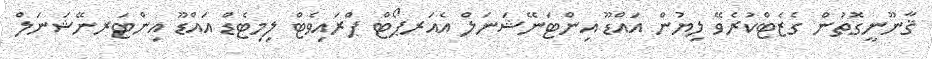
ޤާނޫނީގޮތުން ގެޒެޓްކުރެވޭ ލިޔުން އައްޑޫ އިންޓަނޭޝަނަލް އެއަރޕޯޓް ޕްރައިވެޓް ލިމިޓެޑް އައްޑޫ އިންޓަރނޭޝަނަލް